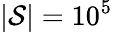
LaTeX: \vert{\cal S}\vert=10^{5}